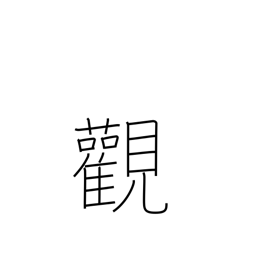
Meaning: outlook